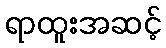
ရာထူးအဆင့်